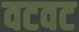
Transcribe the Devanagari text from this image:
वटवट